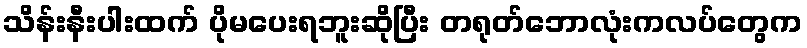
သိန်းနီးပါးထက် ပိုမပေးရဘူးဆိုပြီး တရုတ်ဘောလုံးကလပ်တွေက